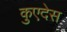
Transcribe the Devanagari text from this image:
कुएदेस